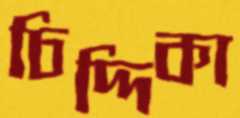
চিদ্দিকা